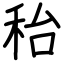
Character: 秮